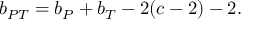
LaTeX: b _ { P T } = b _ { P } + b _ { T } - 2 ( c - 2 ) - 2 .